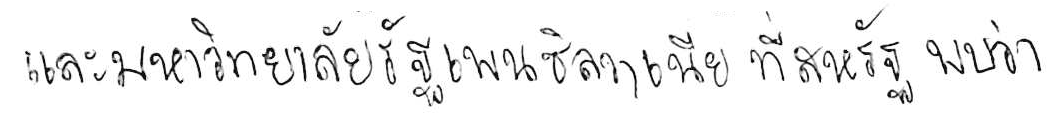
และมหาวิทยาลัยรัฐเพนซิลวาเนีย ที่สหรัฐ พบว่า